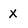
Character: X